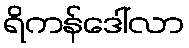
ရိကန်ဒေါ်လာ